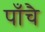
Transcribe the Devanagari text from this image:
पाँचै